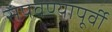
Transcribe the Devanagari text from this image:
संपवण्यापूर्वी